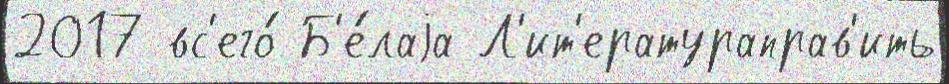
2017 вс'его́ Б'е́лаjа Л'ит'ератураправ'ить